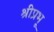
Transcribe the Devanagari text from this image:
श्रीप्रभू